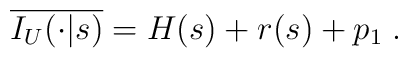
\overline{I_U(\cdot|s)} = H(s) + r(s) + p_1 \;.